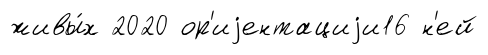
живы́х 2020 ор'иjентациjи16 н'ей